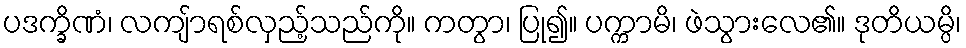
ပဒက္ခိဏံ၊ လကျ်ာရစ်လှည့်သည်ကို။ ကတွာ၊ ပြု၍။ ပက္ကာမိ၊ ဖဲသွားလေ၏။ ဒုတိယမ္ပိ၊